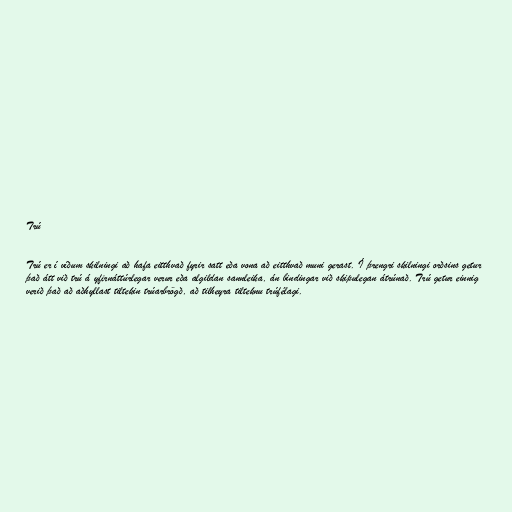
Trú

Trú er í víðum skilningi að hafa eitthvað fyrir satt eða vona að eitthvað muni gerast. Í þrengri skilningi orðsins getur
það átt við trú á yfirnáttúrlegar verur eða algildan sannleika, án bindingar við skipulegan átrúnað. Trú getur einnig
verið það að aðhyllast tiltekin trúarbrögð, að tilheyra tilteknu trúfélagi.